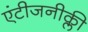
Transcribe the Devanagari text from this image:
एंटीजनीक्ली